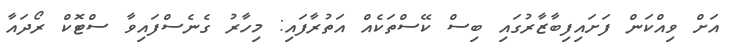
އަށް ވިއްކަން ފަށައިފިބާޒާރުގައި ބިސް ކޭސްތަކެއް އަތުރާފައި: މިހާރު ގެނެސްފައިވާ ސްޓޮކް ރޯދައާ